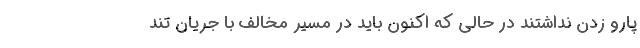
پارو زدن نداشتند در حالی که اکنون باید در مسیر مخالف با جریان تند